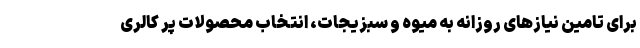
برای تامین نیازهای روزانه به میوه و سبزیجات، انتخاب محصولات پر کالری